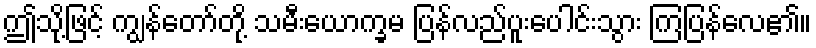
ဤသို့ဖြင့် ကျွန်တော်တို့ သမီးယောက္ခမ ပြန်လည်ပူးပေါင်းသွား ကြပြန်လေ၏။